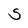
Character: S